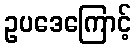
ဥပဒေကြောင့်